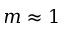
m \approx 1